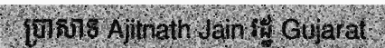
ប្រាសាទ Ajitnath Jain រដ្ឋ Gujarat